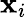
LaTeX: \mathbf{x}_{i}